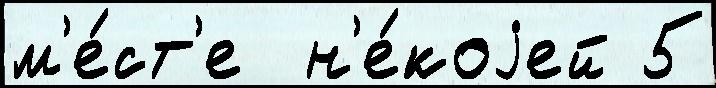
м'е́ст'е  н'е́коjей 5